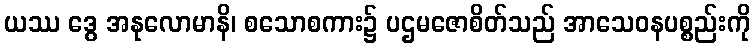
ယဿ ဒွေ အနုလောမာနိ၊ စသောစကား၌ ပဌမဇောစိတ်သည် အာသေဝနပစ္စည်းကို